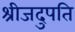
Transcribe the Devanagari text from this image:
श्रीजदुपति